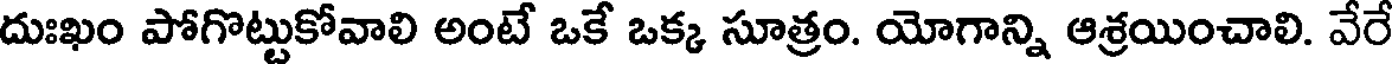
దుఃఖం పోగొట్టుకోవాలి అంటే ఒకే ఒక్క సూత్రం. యోగాన్ని ఆశ్రయించాలి. వేరే